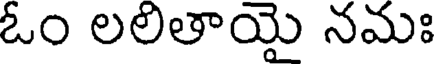
ఓం లలితాయై నమః